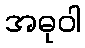
အဓုဝါ